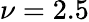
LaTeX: \nu=2.5